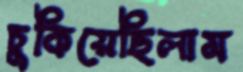
চুকিয়েছিলাম